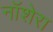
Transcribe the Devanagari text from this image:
नॉशेरा